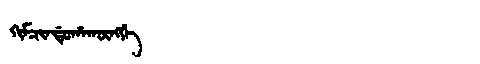
Manchu: ᡴᡳᠮᠴᡳᠨᡩᡠᡥᠠᡴᡡᠩᡤᡝ
Romanization: KIMCINDUHAKŪNGGE